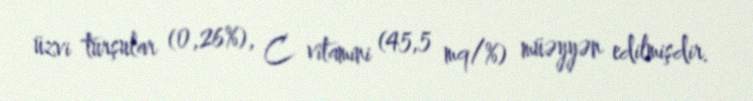
üzvi turşular (0,26%), C vitamini (45,5 mq/%) müəyyən edilmişdir.